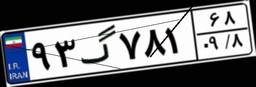
۹۳گ۷۸۱۶۸